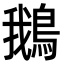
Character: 鵝